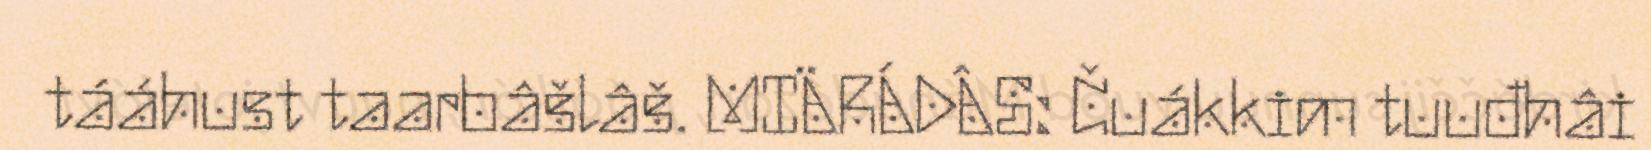
tááhust taarbâšlâš. MIÄRÁDÂS: Čuákkim tuuđhâi